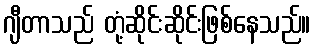
ဂျီတာသည် တုံ့ဆိုင်းဆိုင်းဖြစ်နေသည်။